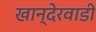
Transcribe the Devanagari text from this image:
खान्देरवाडी